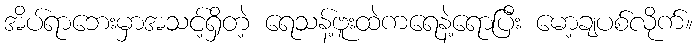
အိပ်ရာဘေးမှာအသင့်ရှိတဲ့ ရေသန့်ဗူးထဲကရေနဲ့ရောပြီး မော့ချပစ်လိုက်။